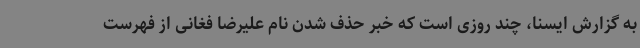
به گزارش ایسنا، چند روزی است که خبر حذف شدن نام علیرضا فغانی از فهرست